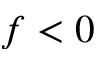
f < 0